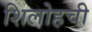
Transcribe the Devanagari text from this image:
शिलोहची